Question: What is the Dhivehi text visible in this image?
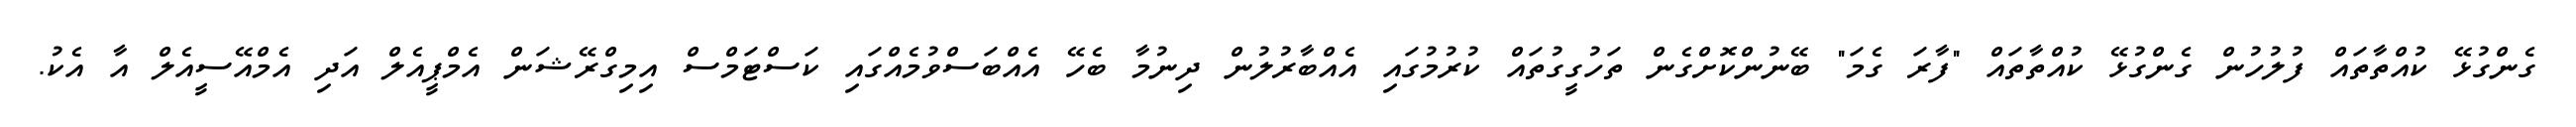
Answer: ގެންގުޅޭ ކުއްތާތައް ފުލުހުން ގެންގުޅޭ ކުއްތާތައް "ފާރަ ގެމަ" ބޭނުންކޮށްގެން ތަހުގީގުތައް ކުރުމުގައި އެއްބާރުލުން ދިނުމާ ބެހޭ އެއްބަސްވުމެއްގައި ކަސްޓަމްސް އިމިގްރޭޝަން އެމްޕީއެލް އަދި އެމްއޭސީއެލް އާ އެކު.